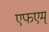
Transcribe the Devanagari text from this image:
एफएम्